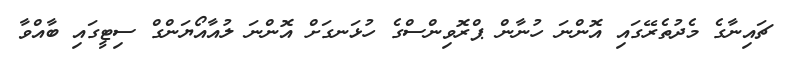
ޗައިނާގެ މެދުތެރޭގައި އޮންނަ ހުނާން ޕްރޮވިންސްގެ ހުޅަނގަށް އޮންނަ ލުއާއޯޔަންގް ސިޓީގައި ބާއްވާ